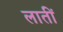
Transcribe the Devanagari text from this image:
लातीं